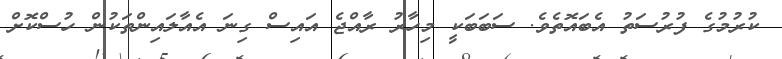
ކުރުމުގެ ފުރުސަތު އެބައޮތެވެ. ސަބަބަކީ މިހާރު ރާއްޖެ އައިސް ގިނަ އެއާލައިންތަކުން ހުސްކޮށް